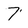
Character: 7